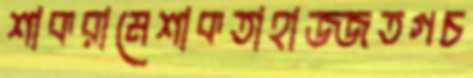
শাকরামেশাকতাহাজ্জতগচ